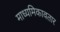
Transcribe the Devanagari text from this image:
माध्यमिकावतार